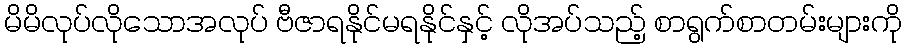
မိမိလုပ်လိုသောအလုပ် ဗီဇာရနိုင်မရနိုင်နှင့် လိုအပ်သည့် စာရွက်စာတမ်းများကို